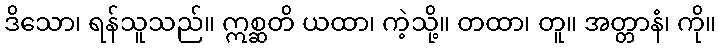
ဒိသော၊ ရန်သူသည်။ ဣစ္ဆတိ ယထာ၊ ကဲ့သို့။ တထာ၊ တူ။ အတ္တာနံ၊ ကို။